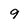
Character: 9